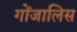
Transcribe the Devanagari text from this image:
गोंजालिस